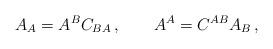
LaTeX: \begin{align*}A_A = A^BC_{BA} \,,\qquad A^A = C^{AB} A_B\,, \end{align*}